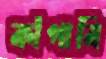
কাঁপাবি